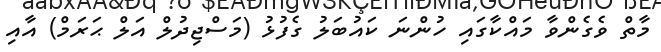
މާތް ވެގެންވާ މައްކާގައި ހުންނަ ކައުބަލު ގެފުޅު (މަސްޖިދުލް އަލް ޙަރަމް) އާއި